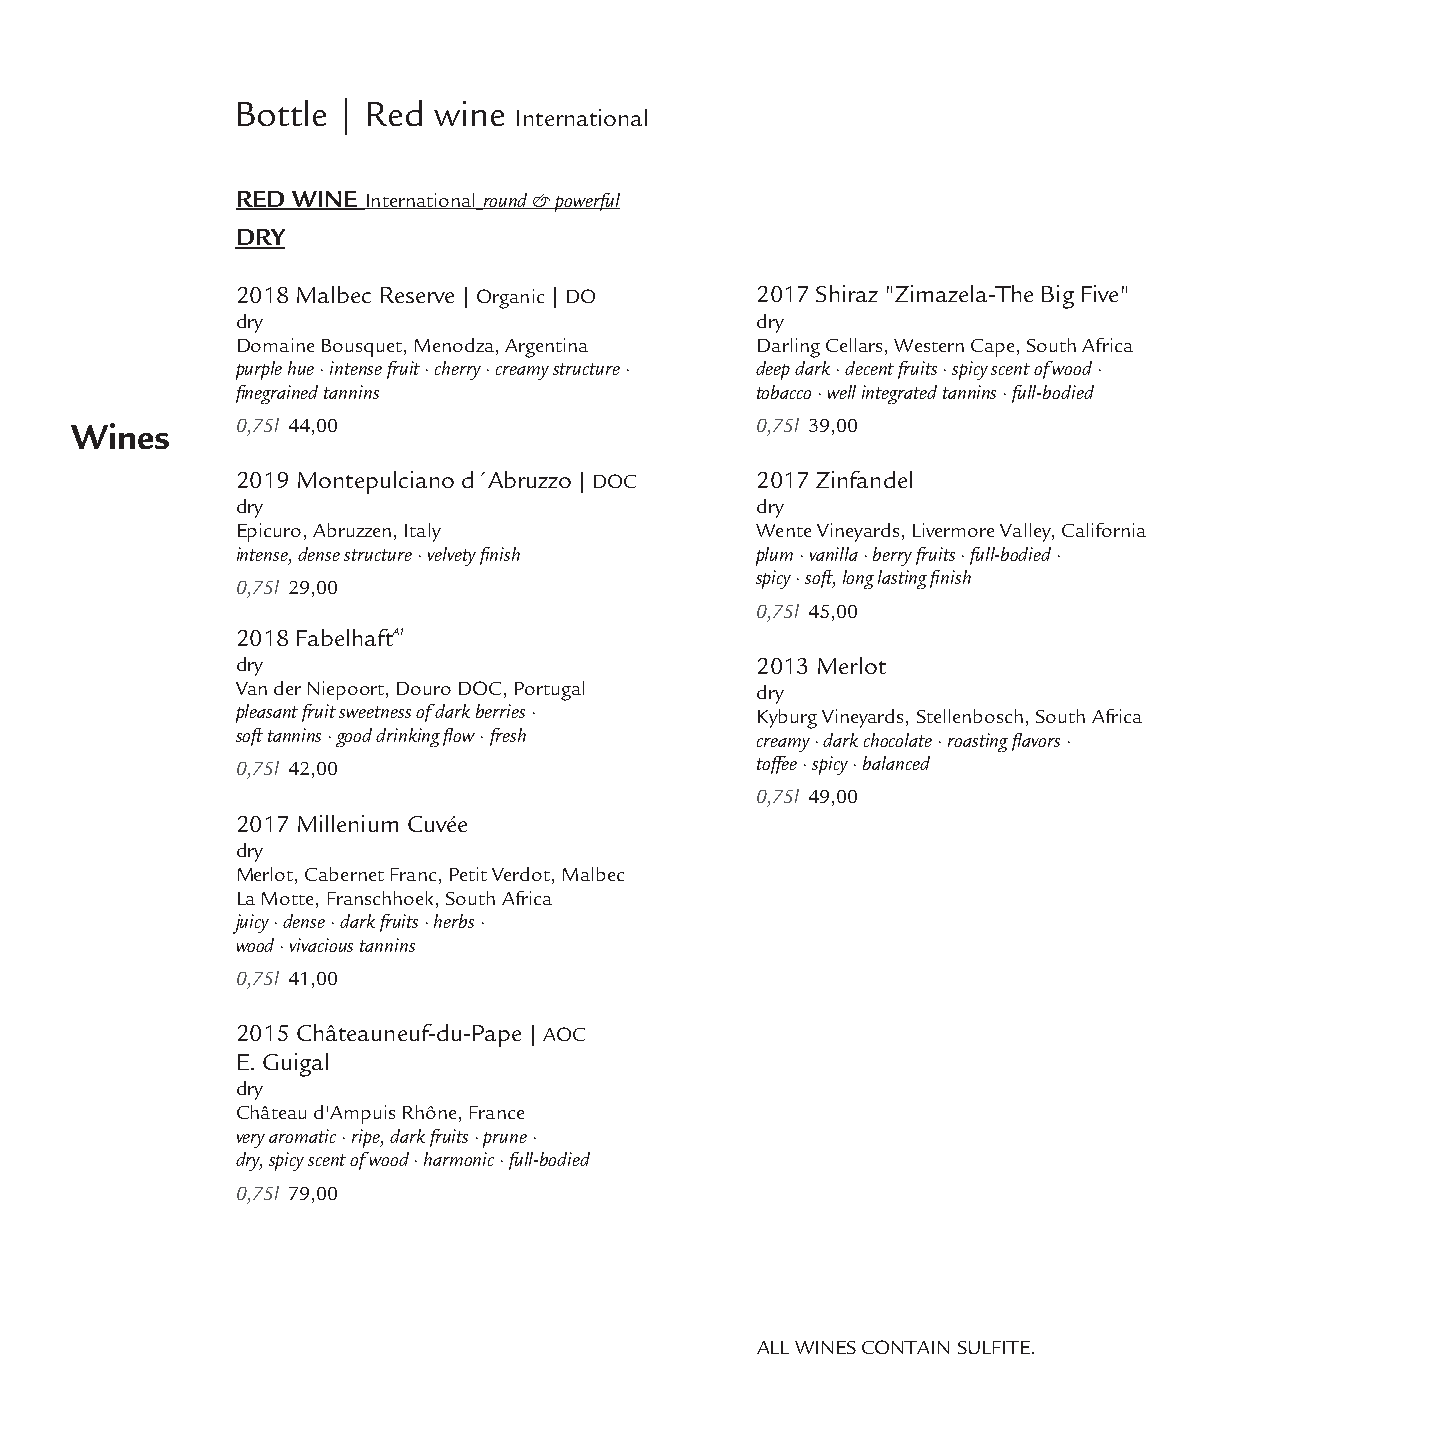
Bottle | Red  wine
 International
 RED WINE International round & powerful
 DRY
 2018 Malbec Reserve| Organic | DO 2017 Shiraz "Zimazela-The Big Five"
 dry                               dry
 Domaine Bousquet, Menodza, Argentina Darling Cellars, Western Cape, South Africa
 purple hue · intense fruit · cherry · creamy structure · deep dark · decent fruits · spicy scent of wood ·
 finegrained tannins               tobacco · well integrated tannins · full-bodied
 Wines      0,75l 44,00                       0,75l 39,00
 2019 Montepulciano d´Abruzzo| DOC 2017 Zinfandel
 dry                               dry
 Epicuro, Abruzzen, Italy          Wente Vineyards, Livermore Valley, California
 intense, dense structure · velvetyfinish plum · vanilla · berry fruits · full-bodied ·
 spicy · soft, long lastingfinish
 0,75l 29,00
 0,75l 45,00
 2018 FabelhaftA1
 dry                               2013 Merlot
 Van der Niepoort, Douro DOC, Portugal dry
 pleasant fruit sweetness of dark berries · Kyburg Vineyards, Stellenbosch, South Africa
 soft tannins · good drinkingflow · fresh creamy · dark chocolate · roastingflavors ·
 0,75l 42,00                       toffee · spicy · balanced
 0,75l 49,00
 2017 Millenium Cuvée
 dry
 Merlot, Cabernet Franc, Petit Verdot, Malbec
 La Motte, Franschhoek, South Africa
 juicy · dense · dark fruits · herbs ·
 wood · vivacious tannins
 0,75l 41,00
 2015 Châteauneuf-du-Pape| AOC
 E. Guigal
 dry
 Château d'Ampuis Rhône, France
 very aromatic · ripe, dark fruits · prune ·
 dry, spicy scent of wood · harmonic · full-bodied
 0,75l 79,00
 ALL WINES CONTAIN SULFITE.